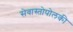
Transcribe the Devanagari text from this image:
सेवास्तोपोलकी